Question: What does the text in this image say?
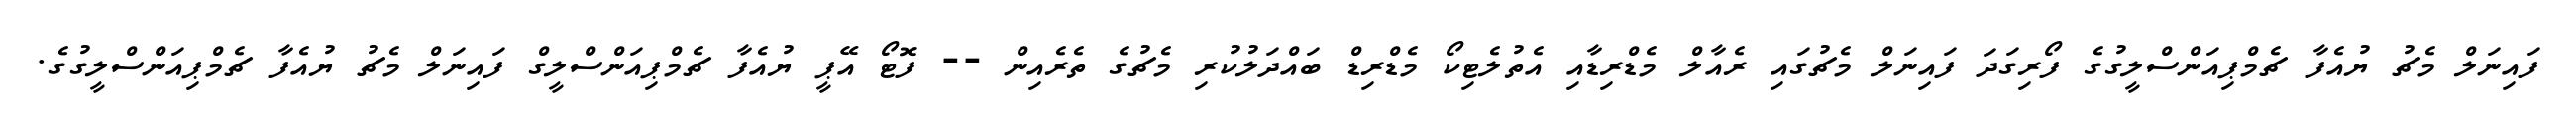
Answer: ފައިނަލް މެޗު ޔުއެފާ ޗެމްޕިއަންސްލީގުގެ ފޯރިގަދަ ފައިނަލް މެޗުގައި ރެއާލް މެޑްރިޑާއި އެތުލެޓިކޯ މެޑްރިޑް ބައްދަލުކުރި މެޗުގެ ތެރެއިން -- ފޮޓޯ އޭޕީ ޔުއެފާ ޗެމްޕިއަންސްލީގް ފައިނަލް މެޗު ޔުއެފާ ޗެމްޕިއަންސްލީގުގެ.